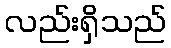
လည်းရှိသည်